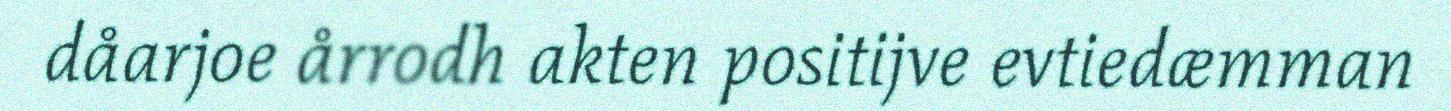
dåarjoe årrodh akten positijve evtiedæmman